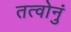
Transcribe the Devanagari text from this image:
तत्वोनुं